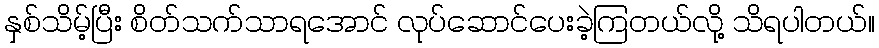
နှစ်သိမ့်ပြီး စိတ်သက်သာရအောင် လုပ်ဆောင်ပေးခဲ့ကြတယ်လို့ သိရပါတယ်။